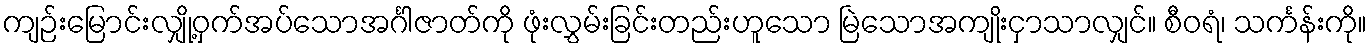
ကျဉ်းမြောင်းလျှို့ဝှက်အပ်သောအင်္ဂါဇာတ်ကို ဖုံးလွှမ်းခြင်းတည်းဟူသော မြဲသောအကျိုးငှာသာလျှင်။ စီဝရံ၊ သင်္ကန်းကို။